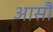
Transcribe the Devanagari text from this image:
आसौं